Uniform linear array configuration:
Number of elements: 64
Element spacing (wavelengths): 0.5
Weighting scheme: exponential
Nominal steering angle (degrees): -60
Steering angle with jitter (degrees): -58.988
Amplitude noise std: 0.05
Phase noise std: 0.05

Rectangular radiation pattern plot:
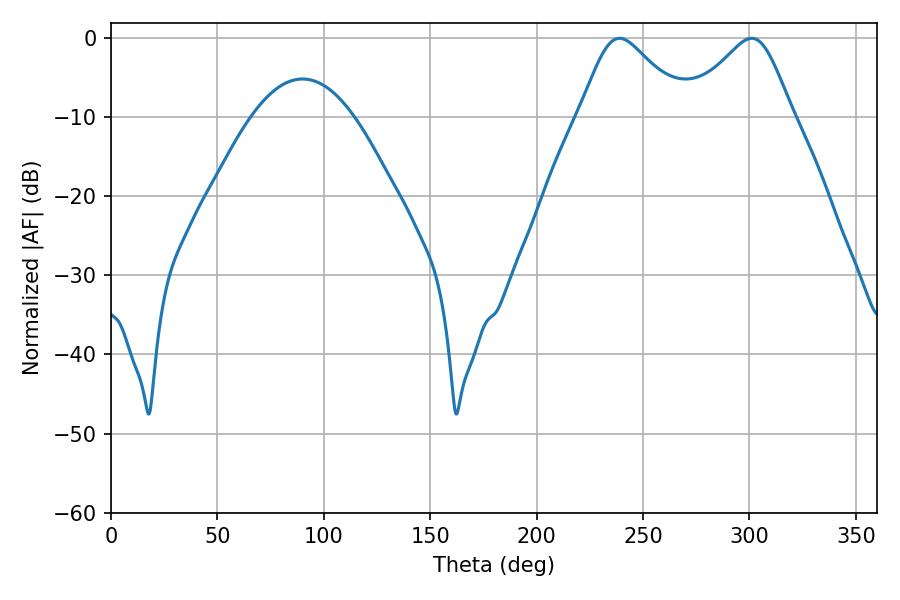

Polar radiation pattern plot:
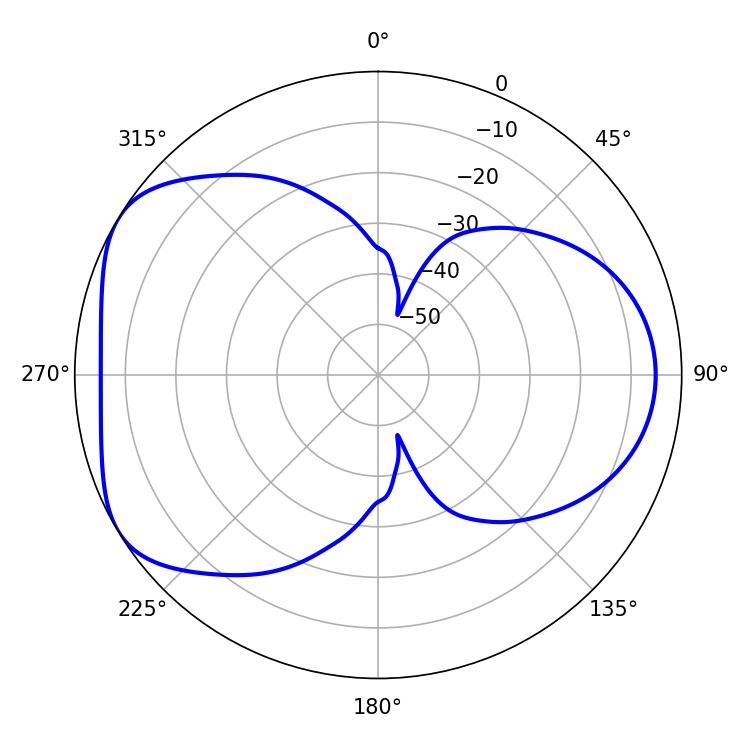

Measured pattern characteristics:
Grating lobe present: FALSE
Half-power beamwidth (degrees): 24.48
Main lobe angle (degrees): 301.14